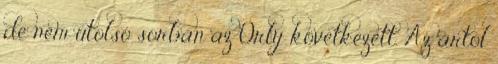
de nem utolsó sorban az Orly következett. Az ártól